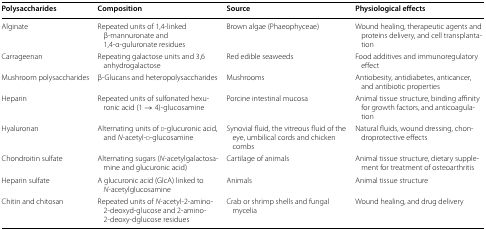
| Polysaccharides | Composition | Source | Physiological effects |
 | --- | --- | --- | --- |
 | Alginate | Repeated units of 1,4-linked β-mannuronate and 1,4-α-guluronate residues | Brown algae (Phaeophyceae) | Wound healing, therapeutic agents and proteins delivery, and cell transplantation |
 | Carrageenan | Repeating galactose units and 3,6 anhydrogalactose | Red edible seaweeds | Food additives and immunoregulatory effect |
 | Mushroom polysaccharides | β-Glucans and heteropolysaccharides | Mushrooms | Antiobesity, antidiabetes, anticancer, and antibiotic properties |
 | Heparin | Repeated units of sulfonated hexuronic acid (1 → 4)-glucosamine | Porcine intestinal mucosa | Animal tissue structure, binding affinity for growth factors, and anticoagulation |
 | Hyaluronan | Alternating units of d-glucuronic acid, and N-acetyl-d-glucosamine | Synovial fluid, the vitreous fluid of the eye, umbilical cords and chicken combs | Natural fluids, wound dressing, chondroprotective effects |
 | Chondroitin sulfate | Alternating sugars (N-acetylgalactosamine and glucuronic acid) | Cartilage of animals | Animal tissue structure, dietary supplement for treatment of osteoarthritis |
 | Heparin sulfate | A glucuronic acid (GlcA) linked to N-acetylglucosamine | Animals | Animal tissue structure |
 | Chitin and chitosan | Repeated units of N-acetyl-2-amino-2-deoxyd-glucose and 2-amino-2-deoxy-dglucose residues | Crab or shrimp shells and fungal mycelia | Wound healing, and drug delivery |